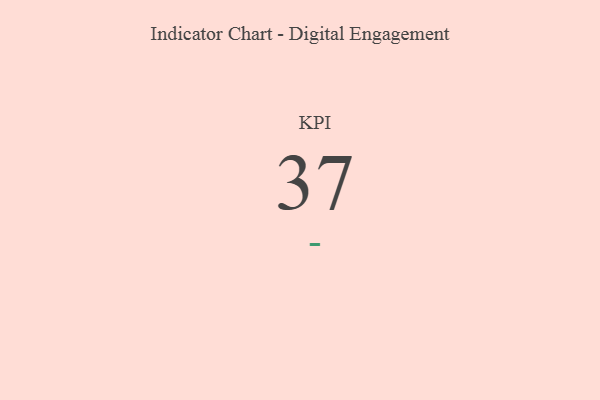
{"axis": {"x": "KPI", "y": "Value"}, "legend": [""], "data": [{"x": "KPI", "y": 37, "type": ""}]}